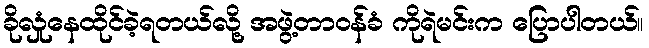
ခိုလှုံနေထိုင်ခဲ့ရတယ်လို့ အဖွဲ့တာဝန်ခံ ကိုရဲမင်းက ပြောပါတယ်။